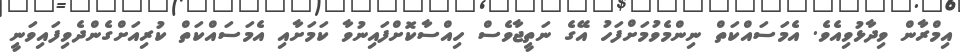
އިމްރާން ވިދާޅުވިއެވެ. އެމަސައްކަތް ނިންމެވުމަށްފަހު އޭގެ ނަތީޖާވެސް ހިއްސާކޮށްފައިނުވާ ކަމަށާއި އެމަސައްކަތް ކުރިއަށްގެންދެވިފައިވަނީ